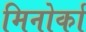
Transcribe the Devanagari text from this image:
मिनोर्का